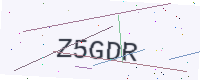
Text: Z5GDR